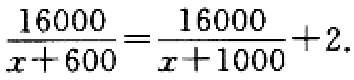
$\frac{16000}{x + 600}=\frac{16000}{x + 1000}+2.$